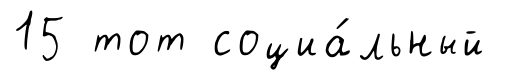
15 тот социа́льный